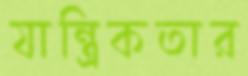
যান্ত্রিকতার